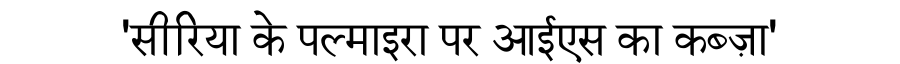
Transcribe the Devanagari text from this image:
'सीरिया के पल्माइरा पर आईएस का कब्ज़ा'